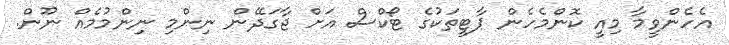
އެހެންވީމާ މިއީ ކޮންމެހެން ޕާޓީތަކުގެ ޓޯކްސް އަށް ޖާގަދޭން ނިންމި ނިންމުމެއް ނޫން.